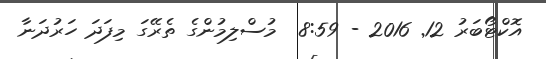
އޮކްޓޯބަރު 12